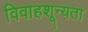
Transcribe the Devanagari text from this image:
विवाहशून्यता